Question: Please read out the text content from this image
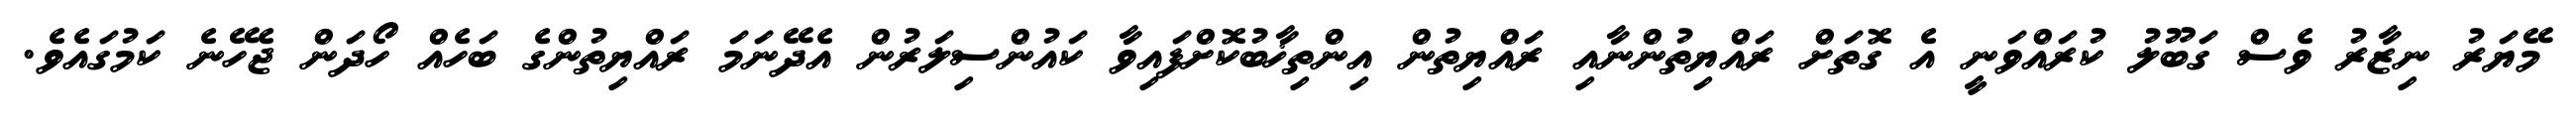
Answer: މޭޔަރު ނިޒާރު ވެސް ގަބޫލު ކުރައްވަނީ އެ ގޮތަށް ރައްޔިތުންނާއި ރައްޔިތުން އިންތިޚާބުކޮށްފައިވާ ކައުންސިލަރުން އެދޭނަމަ ރައްޔިތުންގެ ބަހެއް ހޯދަން ޖެހޭނެ ކަމުގައެވެ.